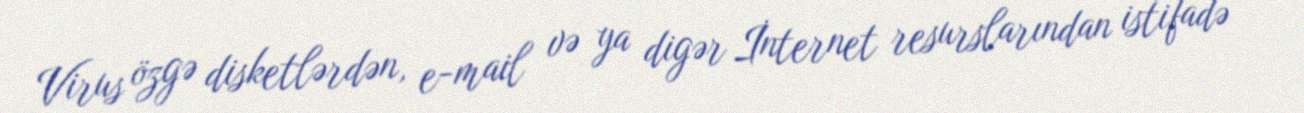
Virus özgə disketlərdən, e-mail və ya digər İnternet resurslarından istifadə